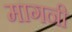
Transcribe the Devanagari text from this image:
मागनी